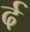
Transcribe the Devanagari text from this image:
र्द